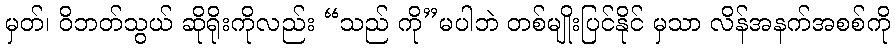
မှတ်၊ ဝိဘတ်သွယ် ဆိုရိုးကိုလည်း “သည် ကို”မပါဘဲ တစ်မျိုးပြင်နိုင် မှသာ လိန်အနက်အစစ်ကို